Senior Leaving Certificate Examination (including Day School Certificate (Higher) General paper), 1950
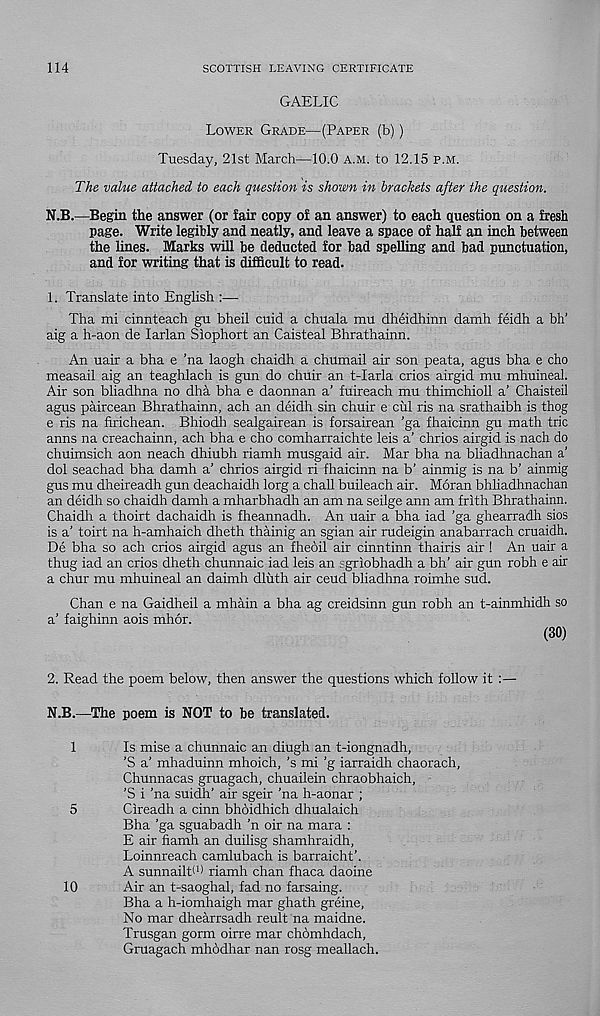
114
SCOTTISH LEAVING CERTIFICATE
GAELIC
Lower Grade—(Paper (b))
Tuesday, 21st March—10.0 a.m. to 12.15 p.m.
The value attached to each question is shown in brackets after the question.
N.B.—Begin the answer (or fair copy of an answer) to each question on a fresh
page. Write legibly and neatly, and leave a space of half an inch between
the lines. Marks will be deducted for bad spelling and bad punctuation,
and for writing that is difficult to read.
1. Translate into English :—
Tha mi cinnteach gu bheil cuid a chuala mu dheidhinn damh feidh a bh’
aig a h-aon de larlan Siophort an Caisteal Bhrathainn.
An uair a bha e ’na laogh chaidh a chumail air son peata, agus bha e cho
measail aig an teaghlach is gun do chuir an t-Iarla crios airgid mu mhuineal.
Air son bliadhna no dha bha e daonnan a’ fuireach mu thimchioll a’ Chaisteil
agus paircean Bhrathainn, ach an deidh sin chuir e cul ris na srathaibh is thog
e ris na firichean. Bhiodh sealgairean is forsairean ’ga fhaicinn gu math trie
anns na creachainn, ach bha e cho comharraichte leis a’ chrios airgid is nach do
chuimsich aon neach dhiubh riamh musgaid air. Mar bha na bliadhnachan a’
dol seachad bha damh a’ chrios airgid ri fhaicinn na b’ ainmig is na b’ ainmig
gus mu dheireadh gun deachaidh lorg a chall buileach air. Moran bhliadhnachan
an deidh so chaidh damh a mharbhadh an am na seilge ann am frith Bhrathainn.
Chaidh a thoirt dachaidh is fheannadh. An uair a bha iad 'ga ghearradh sios
is a’ toirt na h-amhaich dheth thainig an sgian air rudeigin anabarrach cruaidh.
De bha so ach crios airgid agus an fheoil air cinntinn thairis air ! An uair a
thug iad an crios dheth chunnaic iad leis an sgriobhadh a bh’ air gun robh e air
a chur mu mhuineal an daimh dluth air ceud bliadhna roimhe sud.
Chan e na Gaidheil a mhain a bha ag creidsinn gun robh an t-ainmhidh so
a’ faighinn aois mhor.
(30)
2. Read the poem below, then answer the questions which follow it :—
N.B.—The poem is NOT to be translated.
1
Is mise a chunnaic an diugh an t-iongnadh,
'S a’ mhaduinn mhoich, 's mi 'g iarraidh chaorach,
Chunnacas gruagach, chuailein chraobhaich,
'S i 'na suidh’ air sgeir ’na h-aonar ;
5
Cireadh a cinn bhoidhich dhualaich
Bha ’ga sguabadh ’n oir na mara :
E air fiamh an duilisg shamhraidh,
Loinnreach camlubach is barraicht’.
A sunnailtT riamh chan fhaca claoine
10
Air an t-saoghal, fad no farsaing.
Bha a h-iomhaigh mar ghath greine,
No mar dhearrsadh reult na maidne.
Trusgan gorm oirre mar chomhdach,
Gruagach mhodhar nan rosg meallach.